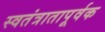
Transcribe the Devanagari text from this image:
स्वतंत्रातापूर्वक